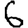
Digit: 6